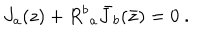
LaTeX: J _ { a } ( z ) + { R ^ { b } } _ { a } { \bar { J } } _ { b } ( \bar { z } ) = 0 ~ .